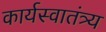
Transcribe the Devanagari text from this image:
कार्यस्वातंत्र्य